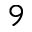
9